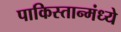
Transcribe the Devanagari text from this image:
पाकिस्तान्मंध्ये